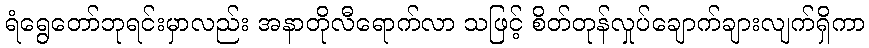
ရံရွေတော်ဘုရင်းမှာလည်း အနာတိုလီရောက်လာ သဖြင့် စိတ်တုန်လှုပ်ချောက်ချားလျက်ရှိကာ